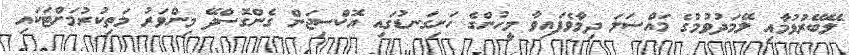
ލޭބޭރުވުމާއި ލޭމަދުވުމުގެ މައްސަލަ ދިމާވެފައިވާ މީހުންގެ ހަށިގަނޑުގައި އޮކްސިޖަން ގެންގޮސްދޭ މިންވަރު މަތިކުރުމަށްޓަކައި